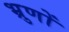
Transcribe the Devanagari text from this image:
भ्रुणों